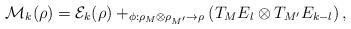
LaTeX: \begin{align*}\mathcal{M}_k(\rho) = \mathcal{E}_k(\rho)+_{\phi:\rho_M\otimes\rho_{M'}\rightarrow \rho}\left(T_M E_l\otimes T_{M'}E_{k-l}\right),\end{align*}